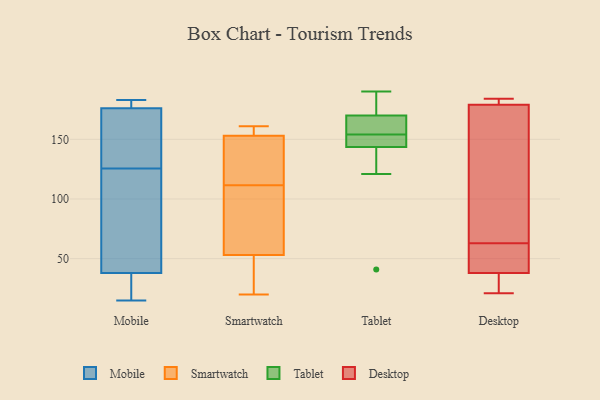
{"axis": {"x": "Population (Million)", "y": "Value"}, "legend": ["Desktop", "Mobile", "Smartwatch", "Tablet"], "data": [{"x": "", "y": 180, "type": "Mobile"}, {"x": "", "y": 171, "type": "Mobile"}, {"x": "", "y": 15, "type": "Mobile"}, {"x": "", "y": 176, "type": "Mobile"}, {"x": "", "y": 38, "type": "Mobile"}, {"x": "", "y": 183, "type": "Mobile"}, {"x": "", "y": 30, "type": "Mobile"}, {"x": "", "y": 136, "type": "Mobile"}, {"x": "", "y": 115, "type": "Mobile"}, {"x": "", "y": 94, "type": "Mobile"}, {"x": "", "y": 54, "type": "Smartwatch"}, {"x": "", "y": 158, "type": "Smartwatch"}, {"x": "", "y": 161, "type": "Smartwatch"}, {"x": "", "y": 20, "type": "Smartwatch"}, {"x": "", "y": 117, "type": "Smartwatch"}, {"x": "", "y": 53, "type": "Smartwatch"}, {"x": "", "y": 153, "type": "Smartwatch"}, {"x": "", "y": 113, "type": "Smartwatch"}, {"x": "", "y": 110, "type": "Smartwatch"}, {"x": "", "y": 51, "type": "Smartwatch"}, {"x": "", "y": 41, "type": "Tablet"}, {"x": "", "y": 145, "type": "Tablet"}, {"x": "", "y": 121, "type": "Tablet"}, {"x": "", "y": 170, "type": "Tablet"}, {"x": "", "y": 150, "type": "Tablet"}, {"x": "", "y": 158, "type": "Tablet"}, {"x": "", "y": 170, "type": "Tablet"}, {"x": "", "y": 154, "type": "Tablet"}, {"x": "", "y": 190, "type": "Tablet"}, {"x": "", "y": 170, "type": "Tablet"}, {"x": "", "y": 143, "type": "Tablet"}, {"x": "", "y": 179, "type": "Desktop"}, {"x": "", "y": 82, "type": "Desktop"}, {"x": "", "y": 182, "type": "Desktop"}, {"x": "", "y": 35, "type": "Desktop"}, {"x": "", "y": 38, "type": "Desktop"}, {"x": "", "y": 184, "type": "Desktop"}, {"x": "", "y": 61, "type": "Desktop"}, {"x": "", "y": 65, "type": "Desktop"}, {"x": "", "y": 57, "type": "Desktop"}, {"x": "", "y": 21, "type": "Desktop"}]}